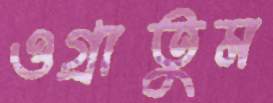
ওগ্‌রাতুম